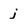
Character: j